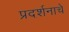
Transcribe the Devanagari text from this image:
प्रदर्शनाचे